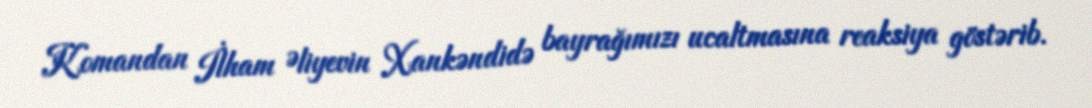
Komandan İlham Əliyevin Xankəndidə bayrağımızı ucaltmasına reaksiya göstərib.